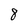
Character: 8